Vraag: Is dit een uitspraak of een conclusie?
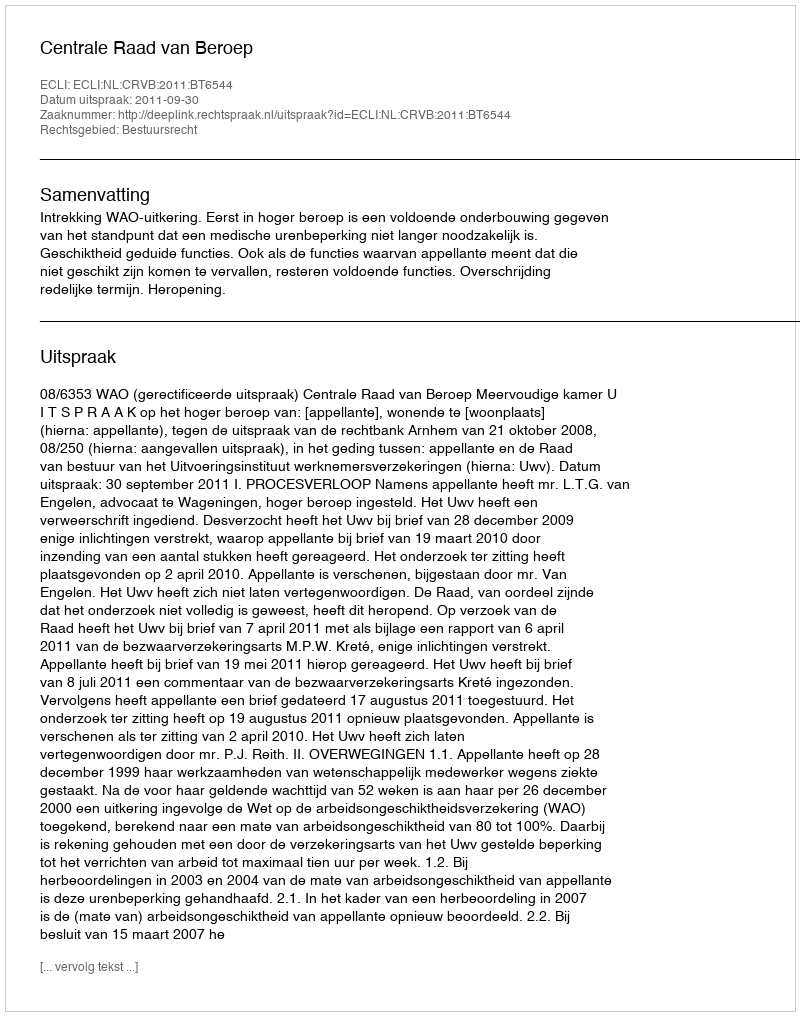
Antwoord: Uitspraak